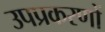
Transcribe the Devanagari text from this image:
उपप्रकरणों